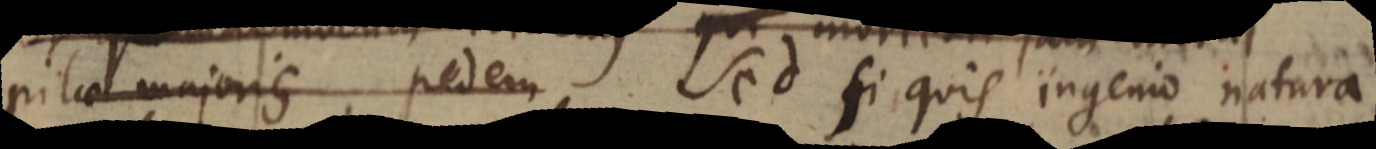
pilae majoris pedem Sed si quis ingenio natura